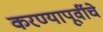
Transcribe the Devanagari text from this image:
करण्यापूर्वीचे